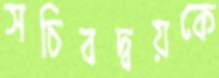
সচিবদ্বয়কে